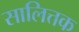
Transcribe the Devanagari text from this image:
सालित्तक